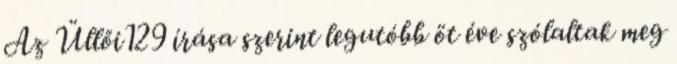
Az Üllői129 írása szerint legutóbb öt éve szólaltak meg